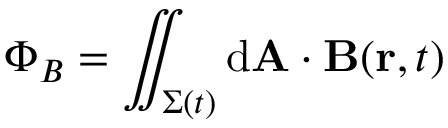
\Phi _ { B } = \iint _ { \Sigma ( t ) } \mathrm { d } \mathbf { A } \cdot \mathbf { B } ( \mathbf { r } , t )